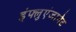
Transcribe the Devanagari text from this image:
इंफ्लुएंजानेट